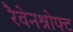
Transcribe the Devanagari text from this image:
रैवेनश्रोफ्ट